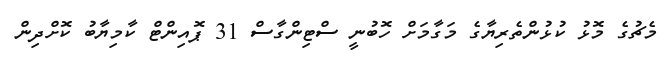
މެޗުގެ މޮޅު ކުޅުންތެރިޔާގެ މަގާމަށް ހޮބުނީ ސްޓިންގާސް 31 ޕޮއިންޓް ކާމިޔާބު ކޮށްދިން